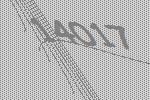
14017